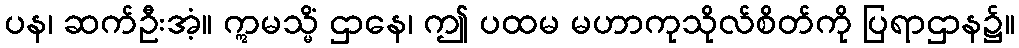
ပန၊ ဆက်ဦးအံ့။ ဣမသ္မိံ ဌာနေ၊ ဤ ပထမ မဟာကုသိုလ်စိတ်ကို ပြရာဌာန၌။